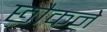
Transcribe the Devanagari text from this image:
छौकने